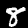
Digit: 8